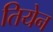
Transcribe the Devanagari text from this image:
तियेन